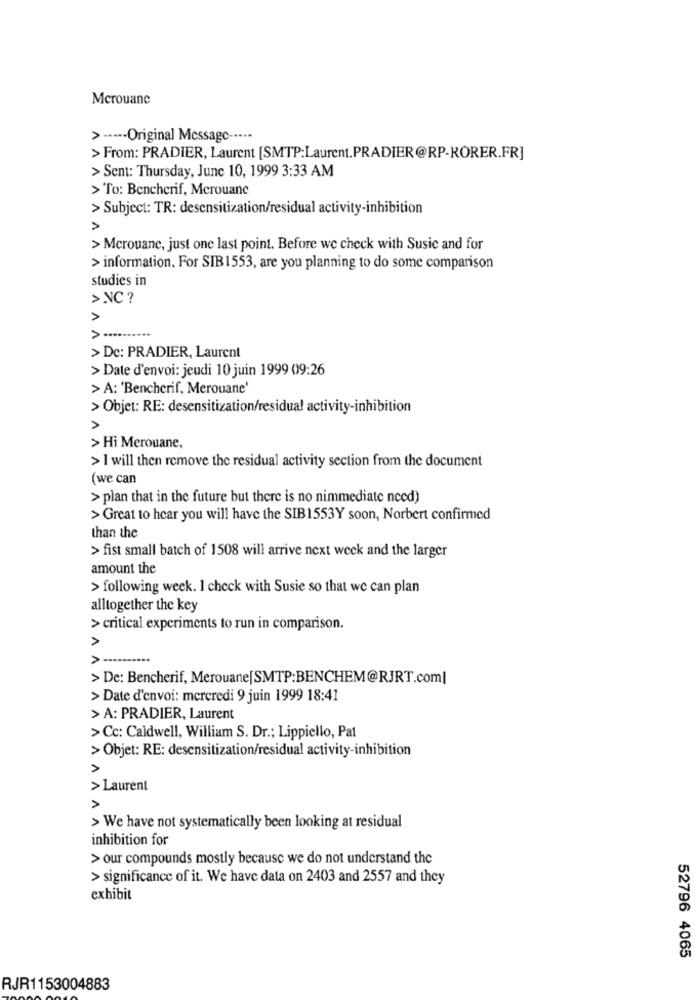
Merouane
> ----- Original Message -----
> From: PRADIER, Laurent [SMTP:Laurent.PRADIER@RP-KORER.FR]
> Sent: Thursday, June 10, 1999 3:33 AM
> To: Bencherif, Merouane
> Subject: TR: desensitization/residual activity-inhibition
A
> Merouane, just one last point. Before we check with Susic and for
> information. For SIB1553, are you planning to do some comparison
studies in
> NC ?
> ..
> De: PRADIER, Laurent
> Date d'envoi: jeudi 10 juin 1999 09:26
> A: 'Bencherif, Merouane'
> Objet: RE: desensitization/residual activity-inhibition
> Hi Merouane,
> I will then remove the residual activity section from the document
(we can
> plan that in the future but there is no nimmediate need)
> Great to hear you will have the SIB1553Y soon, Norbert confirmed
than the
> fist small batch of 1508 will arrive next week and the larger
amount the
> following week. I check with Susie so that we can plan
alltogether the key
> critical experiments to run in comparison.
AA
>-
> De: Bencherif, Merouane[SMTP:BENCHEM@RJRT.com|
> Date d'envoi: mercredi 9 juin 1999 18:41
> A: PRADIER, Laurent
>Cc: Caldwell, William S. Dr .; Lippiello, Pat
> Objet: RE: desensitization/residual activity-inhibition
> Laurent
A
> We have not systematically been looking at residual
inhibition for
> our compounds mostly because we do not understand the
> significance of it. We have data on 2403 and 2557 and they
exhibit
52796 4065
RJR1153004883